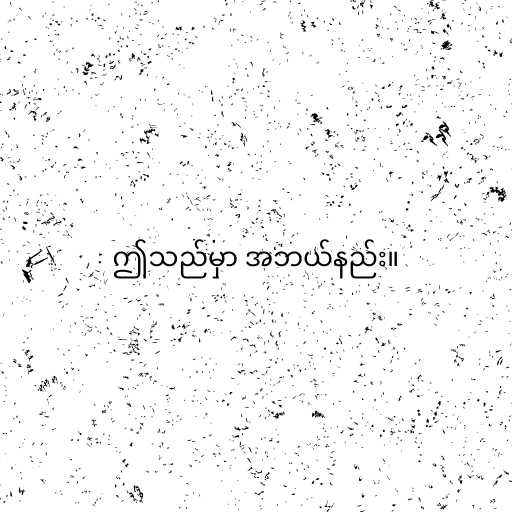
ဤသည်မှာ အဘယ်နည်း။